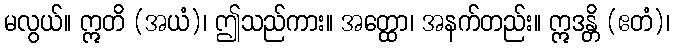
မလွယ်။ ဣတိ (အယံ)၊ ဤသည်ကား။ အတ္ထော၊ အနက်တည်း။ ဣဒန္တိ (ဧတံ)၊